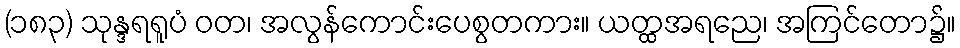
(၁၈၃) သုန္ဒရရူပံ ဝတ၊ အလွန်ကောင်းပေစွတကား။ ယတ္ထအရညေ၊ အကြင်တော၌။